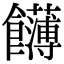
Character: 䭦